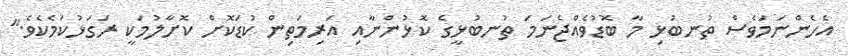
އެހެންނަމަވެސް ތުނބުޅި މާ ބޮޑުވެއްޖެނަމަ ތުނބުޅީގެ ކޮޅުންނާއި އަރިމަތިން ކުޑަކޮށް ކޮށާލުމަކީ ރަގަޅުކަމެކެވެ."